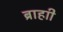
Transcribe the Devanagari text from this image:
ब्राहाी